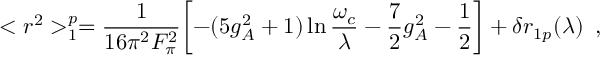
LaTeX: < r ^ { 2 } > _ { 1 } ^ { p } = \frac { 1 } { 1 6 \pi ^ { 2 } F _ { \pi } ^ { 2 } } \biggl [ - ( 5 g _ { A } ^ { 2 } + 1 ) \ln \frac { \omega _ { c } } { \lambda } - \frac { 7 } { 2 } g _ { A } ^ { 2 } - \frac { 1 } { 2 } \biggr ] + \delta r _ { 1 p } ( \lambda ) \, \, \, ,